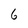
Character: 6